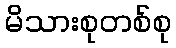
မိသားစုတစ်စု